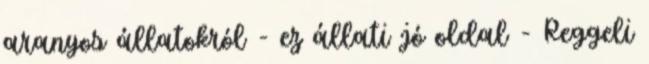
aranyos állatokról - ez állati jó oldal - Reggeli